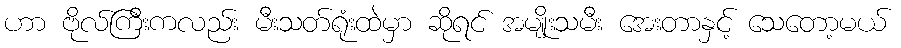
ဟာ ဗိုလ်ကြီးကလည်း မီးသတ်ရုံးထဲမှာ ဆိုရင် အမျိုးသမီး အေးတာနှင့် သေတော့မယ်